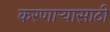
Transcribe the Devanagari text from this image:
करणाऱ्यासाठी